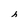
Character: h